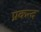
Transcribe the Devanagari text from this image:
प्रकन्द